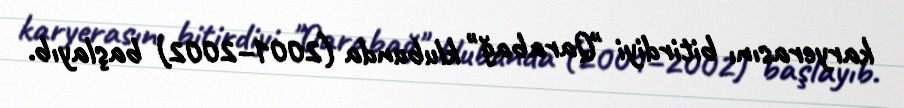
karyerasını bitirdiyi "Qarabağ" klubunda (2001–2002) başlayıb.